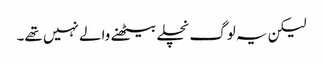
لیکن یہ لوگ نچلے بیٹھنے والے نہیں تھے۔